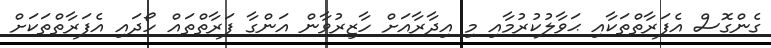
ގެންގޮސް އެފަރާތްތަކާއި ޙަވާލުކުރުމާއި މި އިދާރާއަށް ހާޒިރުވާން އަންގާ ފަރާތްތައް ހޯދައި އެފަރާތްތަކަށް